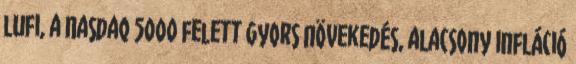
lufi, a Nasdaq 5000 felett Gyors növekedés, alacsony infláció